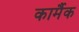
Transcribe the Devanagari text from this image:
कार्मैक